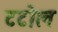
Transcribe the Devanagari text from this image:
टटोल